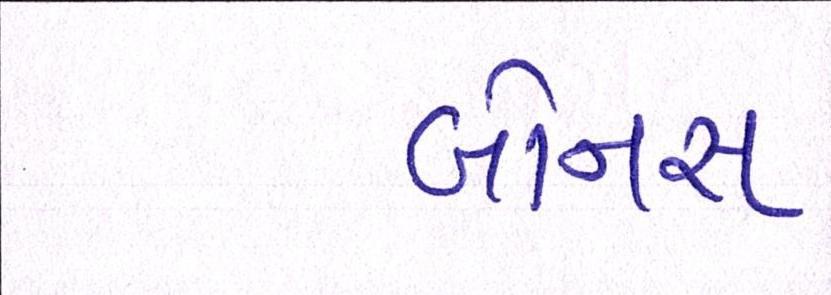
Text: બોનસ